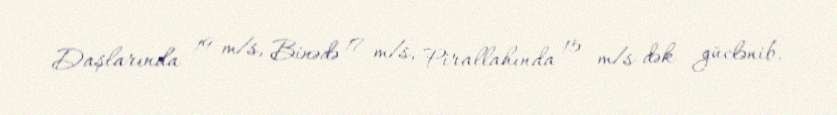
Daşlarında 19 m/s, Binədə 17 m/s, Pirallahında 15 m/s-dək güclənib.